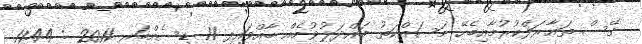
ގޭސް ތަޢާރަފްކުރުމާއިބެހޭ މަސައްކަތު ބައްދަލުވުމެއް ބާއްވައިފި 11 ޑިސެމްބަރ 2011 : 11:44